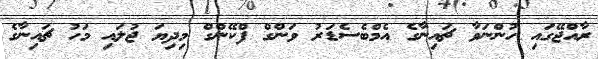
ރާއްޖޭގައި ހުންނަވާ ޗައިނާގެ އެމްބެސެޑަރު ވަންގް ފްކޭންގް މިދިޔަ ޖުލައި މަހު ޗައިނާގެ